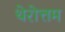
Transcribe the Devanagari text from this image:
थेरोत्तम